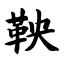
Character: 鞅